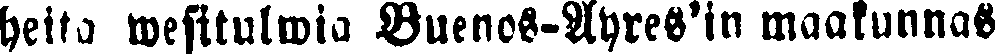
heitä wesitulwia Buenos-Ayres'in maakunnas